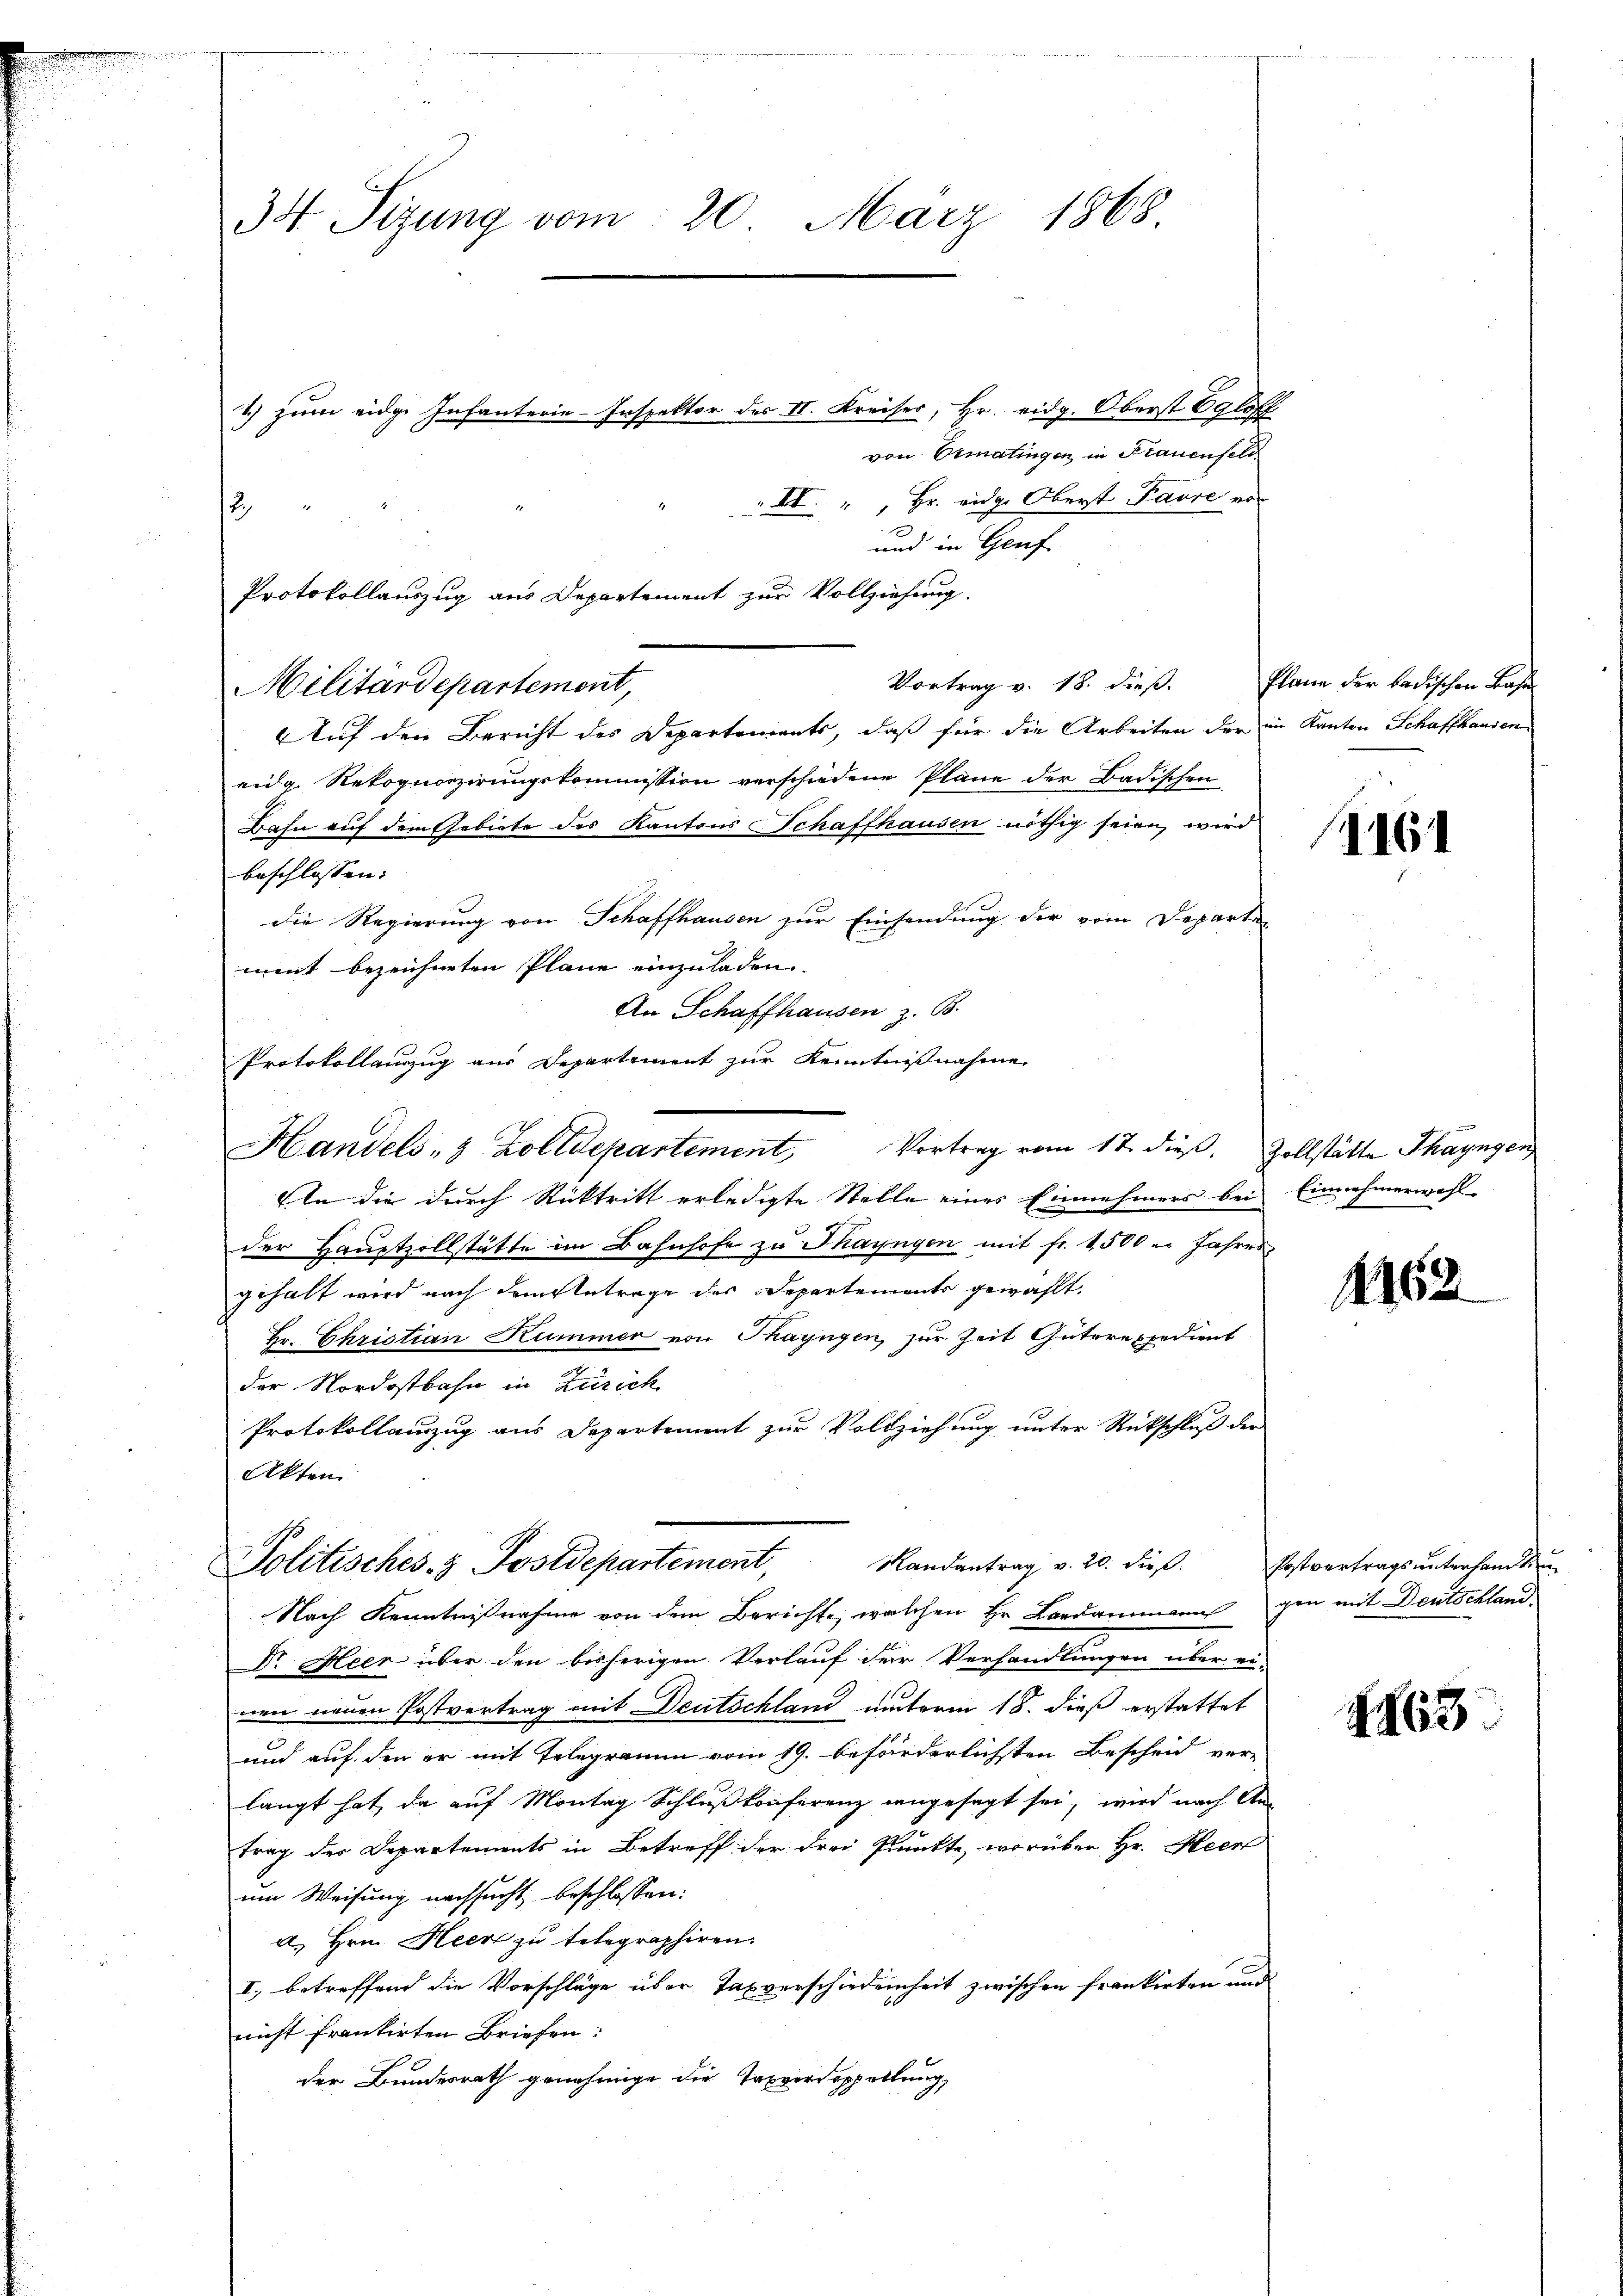
34 Sizung vom 20. März 1868.

von Ermatingen in Frauenfeld
XI. " " Hr. eidg. Oberst Favre von
und in Genf
Vortrag v. 18. dieß. Plane der badischen Bahn-
Militärdepartement,
Auf den Bericht des Departements, daß für die Arbeiten der im Kanton Schaffhausen
eidg. Rekognoszirungskommission verschiedene Pläne der Badischen
Bahn auf dem Gebiete des Kantons Schaffhausen nöthig seien wird
beschlossen:
die Regierung von Schaffhausen zur Einsendung der vom Departen
ment bezeichneten Plane einzuladen.
An Schaffhausen z. B.
In die durch Rücktritt erledigte Stelle eines Einnehmers bei Einnahmerwahl
der Hauptzollstätte im Bahnhofe zu Thayngen mit fr. 1,500 u. Jahres
gehalt wird nach dem Antrage des Departements gewählt,
Hr. Christian Kummer von Thayngen, für Zeit Güterexpedient
der Nordostbahn in Zürich
Protokollanzug aus Departement zur Vollziehung unter Rückschluß der
Akten.
Politisches Postdepartement, Randantrag v. 20. dieβ. Postvertragsŭnterhandlung
Nach Kenntnißnahme von dem Berichte, welchen Hr. Landammanns gen mit Deutschland
Dr. Heer über den bisherigen Verlauf der Verhandlungen über einen neuen Postvertrag mit Deutschland unterm 18. dieß erstattet
und auf den er mit Telegramm vom 19. beförderlichsten Bescheid ver-
langt hat, da auf Montag Schlußkonferenz angesagt sei, wird nach Antrag der Departements in Betreff der drei Punkte, worüber Hr. Heer
um Weisung nachsucht beschlossen:
a. Hrn. Heer zu telegraphiren.
I. betreffend die Vorschläge über Taxverschiedenheit zwischen Frankirten und
nicht frantirten Briefen:
der Bundesrath genehmige die Tasverdoppellung,

1.) zum eidge Infanterie-Inspektor des II. Kreises, Hr. eidg. Oberst Egloff

2.

Protokollauszug aus Departement zur Vollziehung.

Protokollauszug aus Departement zur Kenntnißnahme,
Handels- & Zolldepartement, Vortrag vom 17. dieβ. Zollstätte Thayngen

161

1162

1863